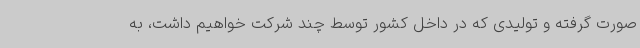
صورت گرفته و تولیدی که در داخل کشور توسط چند شرکت خواهیم داشت، به